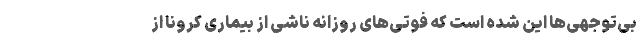
بی‌توجهی‌ها این شده است که فوتی‌های روزانه ناشی از بیماری کرونا از